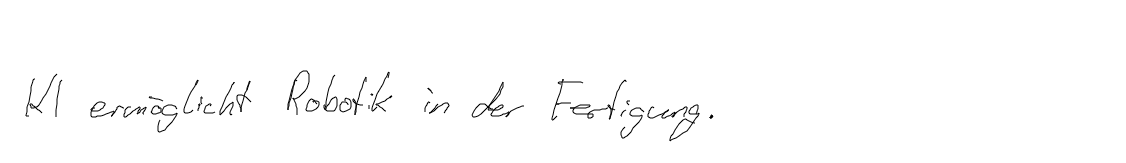
KI ermöglicht Robotik in der Fertigung.